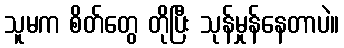
သူမက စိတ်တွေ တိုပြီး သုန်မှုန်နေတာပဲ။